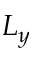
L _ { y }